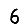
Digit: 6